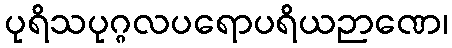
ပုရိသပုဂ္ဂလပရောပရိယဉာဏေ၊